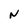
Character: N